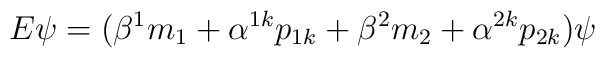
E\psi=(\beta^{1}m_{1}+\alpha^{1k}p_{1k}+\beta^{2}m_{2}+\alpha^{2k}p_{2k})\psi